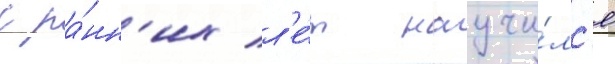
с ра́нн'их л'е́т научи́лс'я